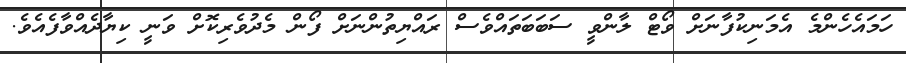
ހަމައެހެންމެ އެމަނިކުފާނަށް ވޯޓް ލާންވީ ސަބަބަތައްވެސް ރައްޔިތުންނަށް ފޯން މެދުވެރިކޮށް ވަނީ ކިޔާދެއްވާފެއެވެ.